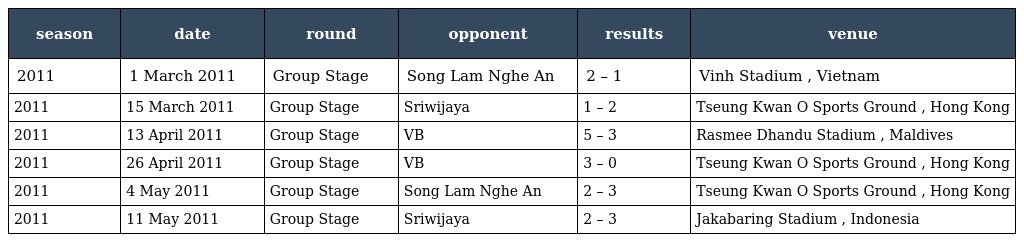
| season | date | round | opponent | results | venue |
 | --- | --- | --- | --- | --- | --- |
 | 2011 | 1 March 2011 | Group Stage | Song Lam Nghe An | 2 – 1 | Vinh Stadium , Vietnam |
 | 2011 | 15 March 2011 | Group Stage | Sriwijaya | 1 – 2 | Tseung Kwan O Sports Ground , Hong Kong |
 | 2011 | 13 April 2011 | Group Stage | VB | 5 – 3 | Rasmee Dhandu Stadium , Maldives |
 | 2011 | 26 April 2011 | Group Stage | VB | 3 – 0 | Tseung Kwan O Sports Ground , Hong Kong |
 | 2011 | 4 May 2011 | Group Stage | Song Lam Nghe An | 2 – 3 | Tseung Kwan O Sports Ground , Hong Kong |
 | 2011 | 11 May 2011 | Group Stage | Sriwijaya | 2 – 3 | Jakabaring Stadium , Indonesia |